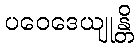
ပဝေဒေယျုန္တိ